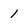
Character: 1